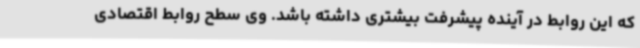
که این روابط در آینده پیشرفت بیشتری داشته باشد. وی سطح روابط اقتصادی